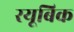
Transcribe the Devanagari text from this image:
रयूबिक